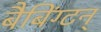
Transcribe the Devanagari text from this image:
बैबिंग्टन्